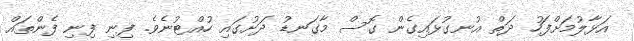
އަޅާލުމަށްފަހު ދަތް އުނގުޅައިގެން ގޮސް މާގަނޑު ދަށުގައި ހުއްޓުނެވެ. ފިނި ފިނި ފެންތައް